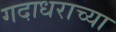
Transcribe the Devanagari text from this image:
गदाधराच्या